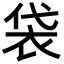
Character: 袋